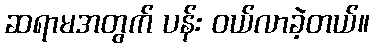
ဆရာမအတွက် ပန်း ဝယ်လာခဲ့တယ်။